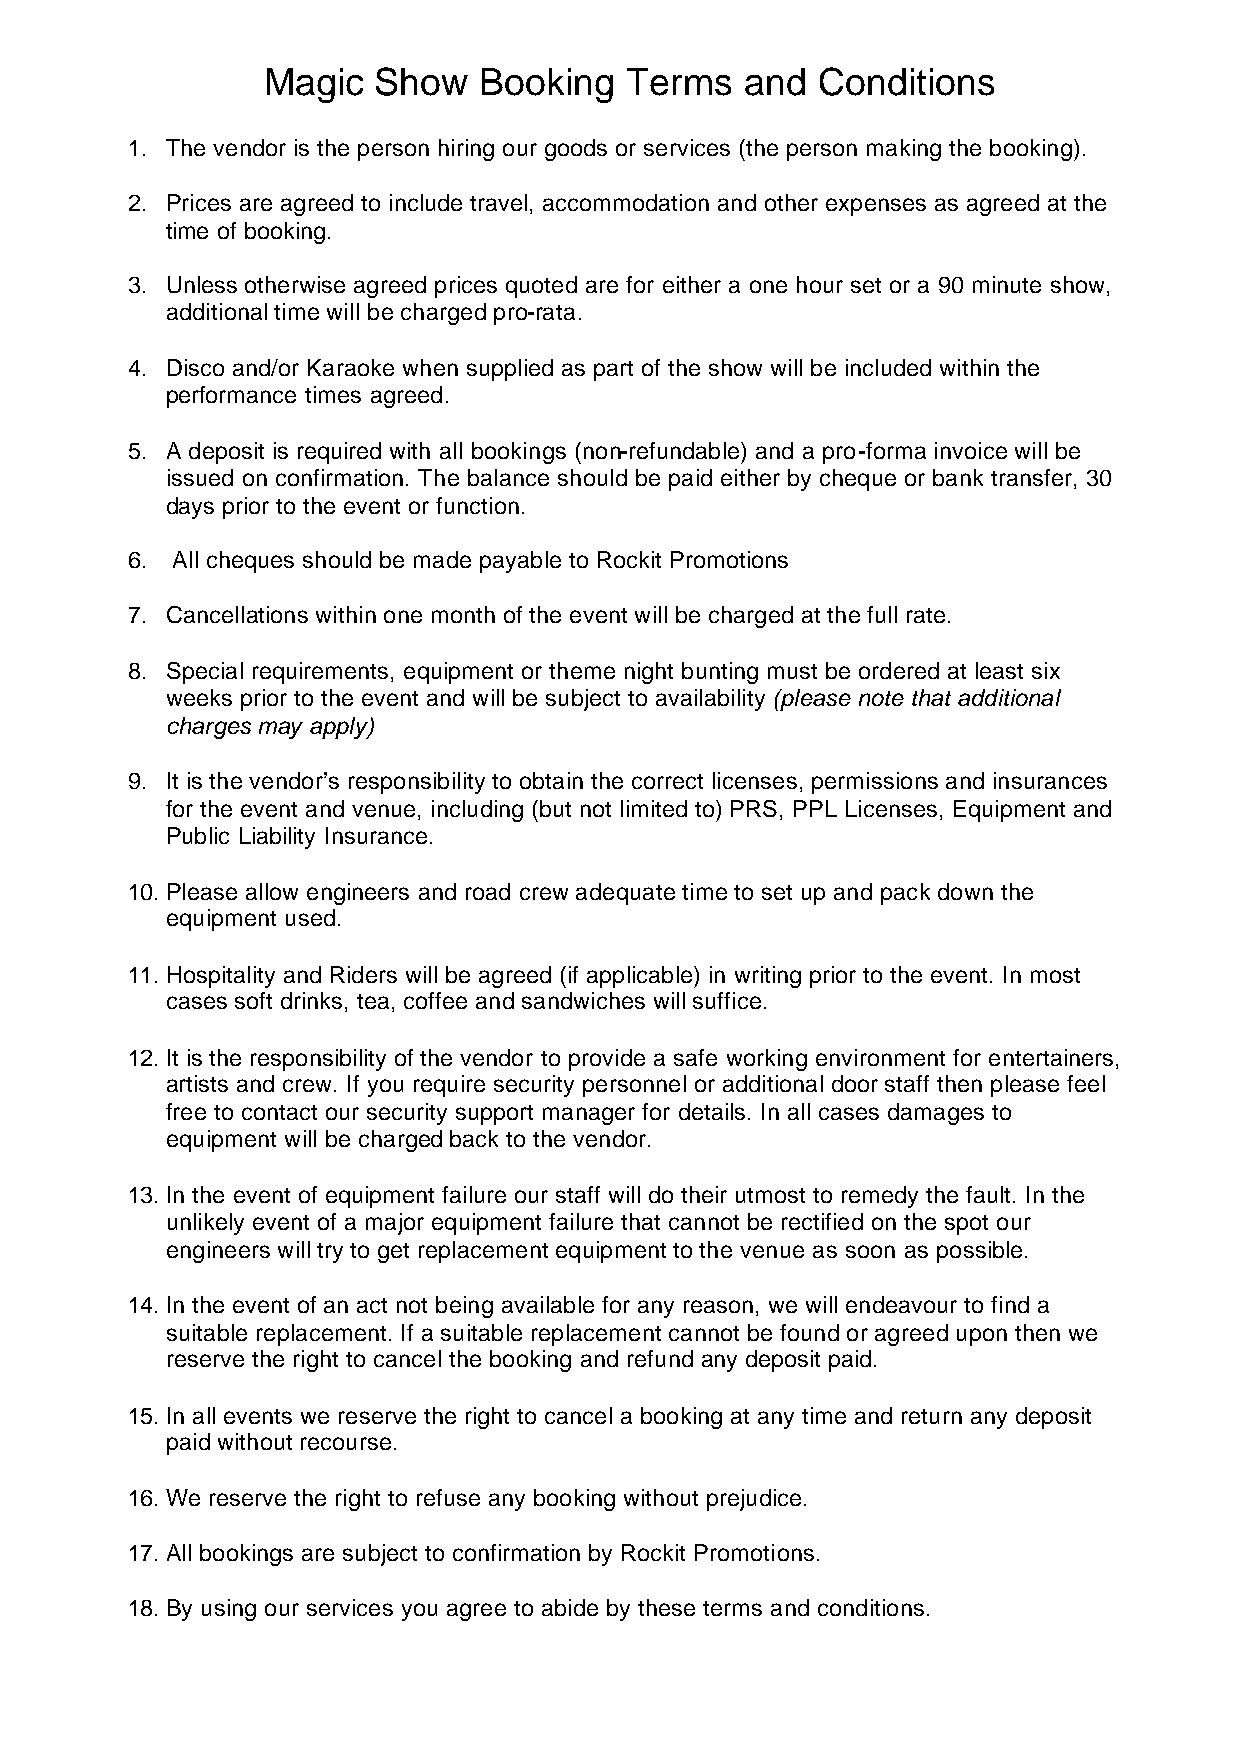
Magic   Show   Booking  Terms   and  Conditions
 1. The vendor is the person hiring our goods or services (the person making the booking).
 2. Prices are agreed to include travel, accommodation and other expenses as agreed at the
 time of booking.
 3. Unless otherwise agreed prices quoted are for either a one hour set or a 90 minute show,
 additional time will be charged pro-rata.
 4. Disco and/or Karaoke when supplied as part of the show will be included within the
 performance times agreed.
 5. A deposit is required with all bookings (non-refundable) and a pro-forma invoice will be
 issued on confirmation. The balance should be paid either by cheque or bank transfer, 30
 days prior to the event or function.
 6. All cheques should be made payable to Rockit Promotions
 7. Cancellations within one month of the event will be charged at the full rate.
 8. Special requirements, equipment or theme night bunting must be ordered at least six
 weeks prior to the event and will be subject to availability (please note that additional
 charges may apply)
 9. It is the vendor’s responsibility to obtain the correct licenses, permissions and insurances
 for the event and venue, including (but not limited to) PRS, PPL Licenses, Equipment and
 Public Liability Insurance.
 10. Please allow engineers and road crew adequate time to set up and pack down the
 equipment used.
 11. Hospitality and Riders will be agreed (if applicable) in writing prior to the event. In most
 cases soft drinks, tea, coffee and sandwiches will suffice.
 12. It is the responsibility of the vendor to provide a safe working environment for entertainers,
 artists and crew. If you require security personnel or additional door staff then please feel
 free to contact our security support manager for details. In all cases damages to
 equipment will be charged back to the vendor.
 13. In the event of equipment failure our staff will do their utmost to remedy the fault. In the
 unlikely event of a major equipment failure that cannot be rectified on the spot our
 engineers will try to get replacement equipment to the venue as soon as possible.
 14. In the event of an act not being available for any reason, we will endeavour to find a
 suitable replacement. If a suitable replacement cannot be found or agreed upon then we
 reserve the right to cancel the booking and refund any deposit paid.
 15. In all events we reserve the right to cancel a booking at any time and return any deposit
 paid without recourse.
 16. We reserve the right to refuse any booking without prejudice.
 17. All bookings are subject to confirmation by Rockit Promotions.
 18. By using our services you agree to abide by these terms and conditions.